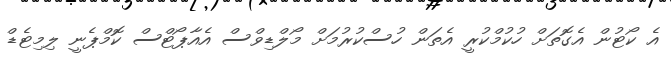
އެ ކޯޓުން އެގޮތަށް ހުކުމްކުރީ އެތަން ހުސްކުރުމަށް މޯލްޑިވްސް އެއާޕޯޓްސް ކޮމްޕެނީ ލިމިޓެޑް